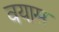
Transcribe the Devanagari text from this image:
वयास